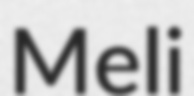
Meli